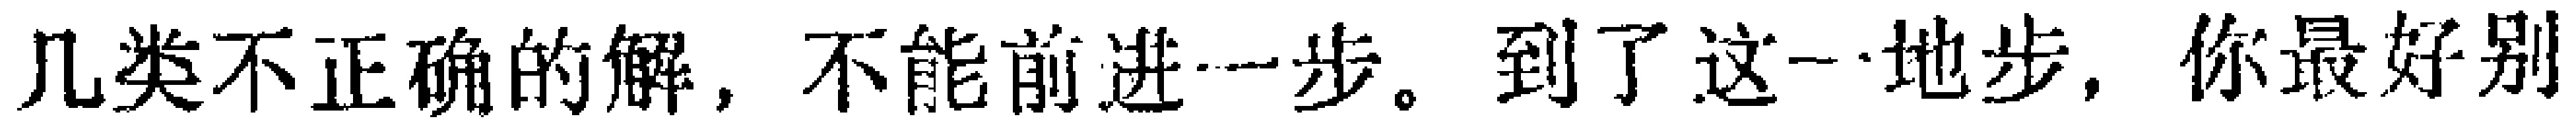
几类不正确的解, 不能前进一步。到了这一地步, 你最好别